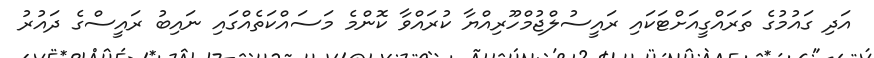
އަދި ގައުމުގެ ތަރައްގީއަށްޓަކައި ރައީސުލްޖުމްހޫރިއްޔާ ކުރައްވާ ކޮންމެ މަސައްކަތެއްގައި ނައިބު ރައީސްގެ ދައުރު